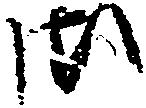
御